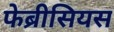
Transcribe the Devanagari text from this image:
फेब्रीसियस